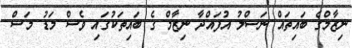
ނިޒާމްގެ ބައިތައް ނަސްލު އުފައްދާ ނިޒާމް ގެ ބައިތަކުގައި ވެސް މަޑު މަސް